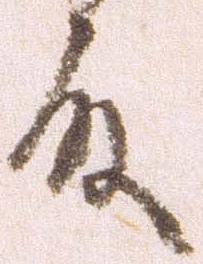
殿